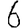
Digit: 6